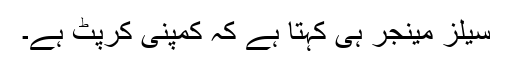
سیلز مینجر ہی کہتا ہے کہ کمپنی کرپٹ ہے۔